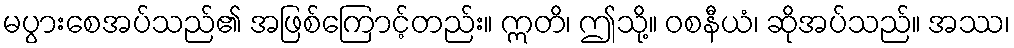
မပွားစေအပ်သည်၏ အဖြစ်ကြောင့်တည်း။ ဣတိ၊ ဤသို့။ ဝစနီယံ၊ ဆိုအပ်သည်။ အဿ၊